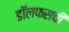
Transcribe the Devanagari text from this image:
डॉलफसची